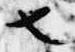
也